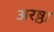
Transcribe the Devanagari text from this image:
अरष्ठा